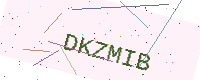
Text: DKZMIB